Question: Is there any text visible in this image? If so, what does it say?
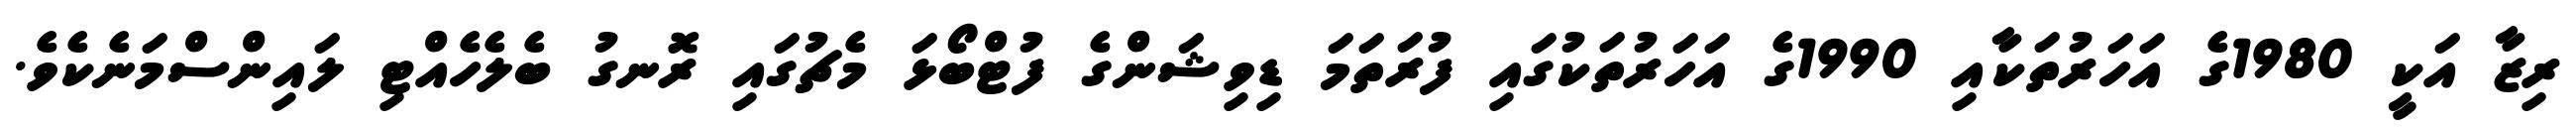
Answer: ރިޒާ އަކީ 1980ގެ އަހަރުތަކާއި 1990ގެ އަހަރުތަކުގައި ފުރަތަމަ ޑިވިޝަންގެ ފުޓްބޯޅަ މެޗުގައި ރޮނގު ބެލެހެއްޓި ލައިންސްމަނެކެވެ.